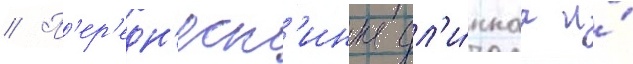
// П'ер'едн'есп'инка дл'и́ннаа и́